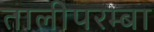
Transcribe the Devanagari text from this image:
तालीपरम्बा